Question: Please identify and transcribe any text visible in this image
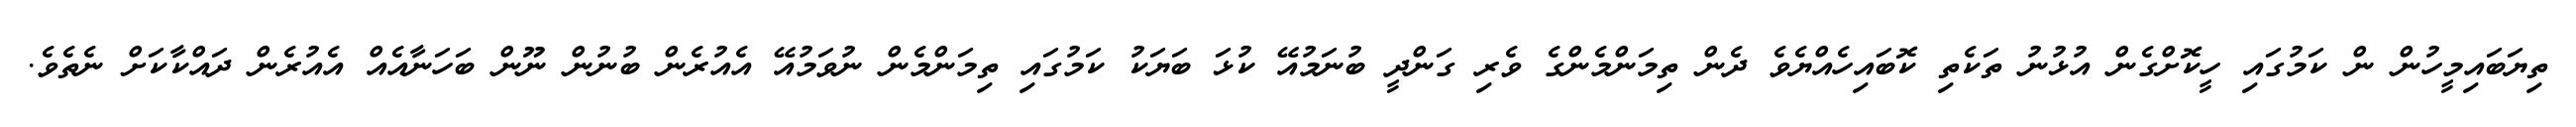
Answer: ތިޔަބައިމީހުން ން ކަމުގައި ހީކޮށްގެން އުޅުނު ތަކެތި ކޮބައިހެއްޔެވެ ދެން ތިމަންމެންގެ ވެރި ގަންދީ ބުނަމުއޭ ކުޅަ ބަޔަކު ކަމުގައި ތިމަންމެން ނުވަމުއޭ އެއުރެން ބުނުން ނޫން ބަހަނާއެއް އެއުރެން ދައްކާކަށް ނެތެވެ.